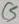
Text: C5